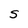
Character: S